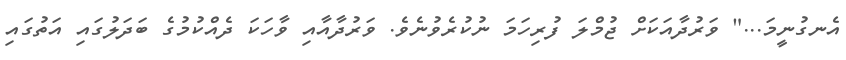
އެނގުނީމަ..." ވަރުދާއަކަށް ޖުމްލަ ފުރިހަމަ ނުކުރެވުނެވެ. ވަރުދާއާއި ވާހަކަ ދެއްކުމުގެ ބަދަލުގައި އަތުގައި